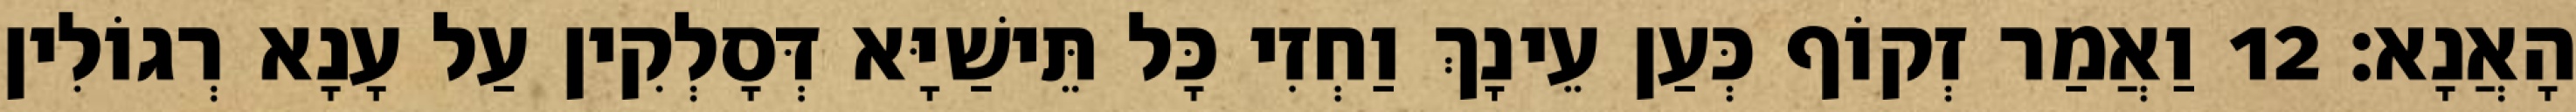
הָאֲנָא׃ 12 וַאֲמַר זְקוֹף כְּעַן עֵינָךְ וַחְזִי כָּל תֵּישַׁיָּא דְּסָלְקִין עַל עָנָא רְגוֹלִין